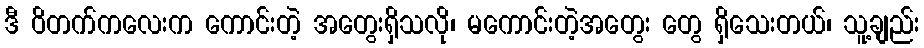
ဒီ ဝိတက်ကလေးက ကောင်းတဲ့ အတွေးရှိသလို၊ မကောင်းတဲ့အတွေး တွေ ရှိသေးတယ်၊ သူ့ချည်း